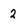
Character: 2